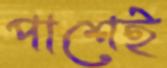
পাশেই